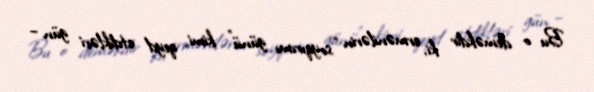
Bu o deməkdir ki, ermənilərin “soyqırımı günü” kimi qeyd etdikləri gün –